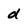
Character: d